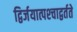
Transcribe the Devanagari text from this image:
द्विर्जयात्पश्‍चाद्वर्तते